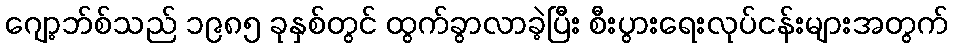
ဂျော့ဘ်စ်သည် ၁၉၈၅ ခုနှစ်တွင် ထွက်ခွာလာခဲ့ပြီး စီးပွားရေးလုပ်ငန်းများအတွက်